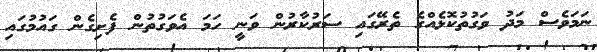
ނަމަވެސް މަދު ވަގުތުކޮޅެއްގެ ތެރޭގައި ސަރުކާރުން ވަނީ ހަމަ އެވަގުތުން ފެށިގެން ގައުމުގައި